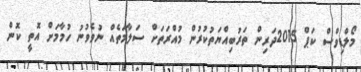
މޯލްޑިވްސް ކަޕް 2015ދަރިން ތަރުބިއްޔަތުކުރުން މުއްރަތަށް ސަލާމަތެއް ނުވެވުނު ހުމާމަށް އޮތީ ކޮން